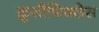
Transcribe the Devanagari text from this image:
क्रूसीफिक्‍सेस